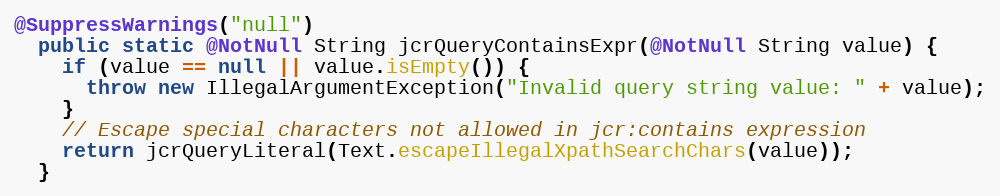
Language: Java
@SuppressWarnings("null")
  public static @NotNull String jcrQueryContainsExpr(@NotNull String value) {
    if (value == null || value.isEmpty()) {
      throw new IllegalArgumentException("Invalid query string value: " + value);
    }
    // Escape special characters not allowed in jcr:contains expression
    return jcrQueryLiteral(Text.escapeIllegalXpathSearchChars(value));
  }